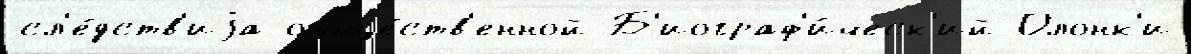
сл'е́дств'иjа обще́ств'енной Б'иограф'и́ческ'ий Олонк'и